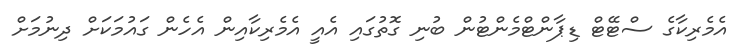
އެމެރިކާގެ ސްޓޭޓް ޑިޕާންޓްމެންޓުން ބުނި ގޮތުގައި އެއީ އެމެރިކާއިން އެހެން ގައުމަކަށް ދިނުމަށް